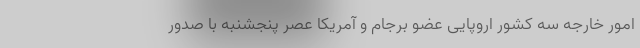
امور خارجه سه کشور اروپایی عضو برجام و آمریکا عصر پنجشنبه با صدور